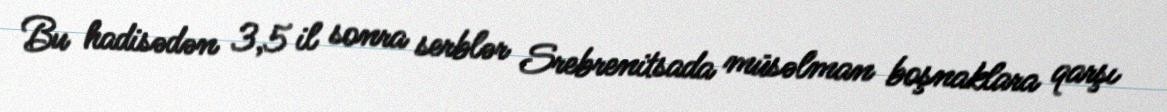
Bu hadisədən 3,5 il sonra serblər Srebrenitsada müsəlman boşnaklara qarşı